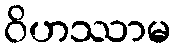
ဝိဟဿာမ